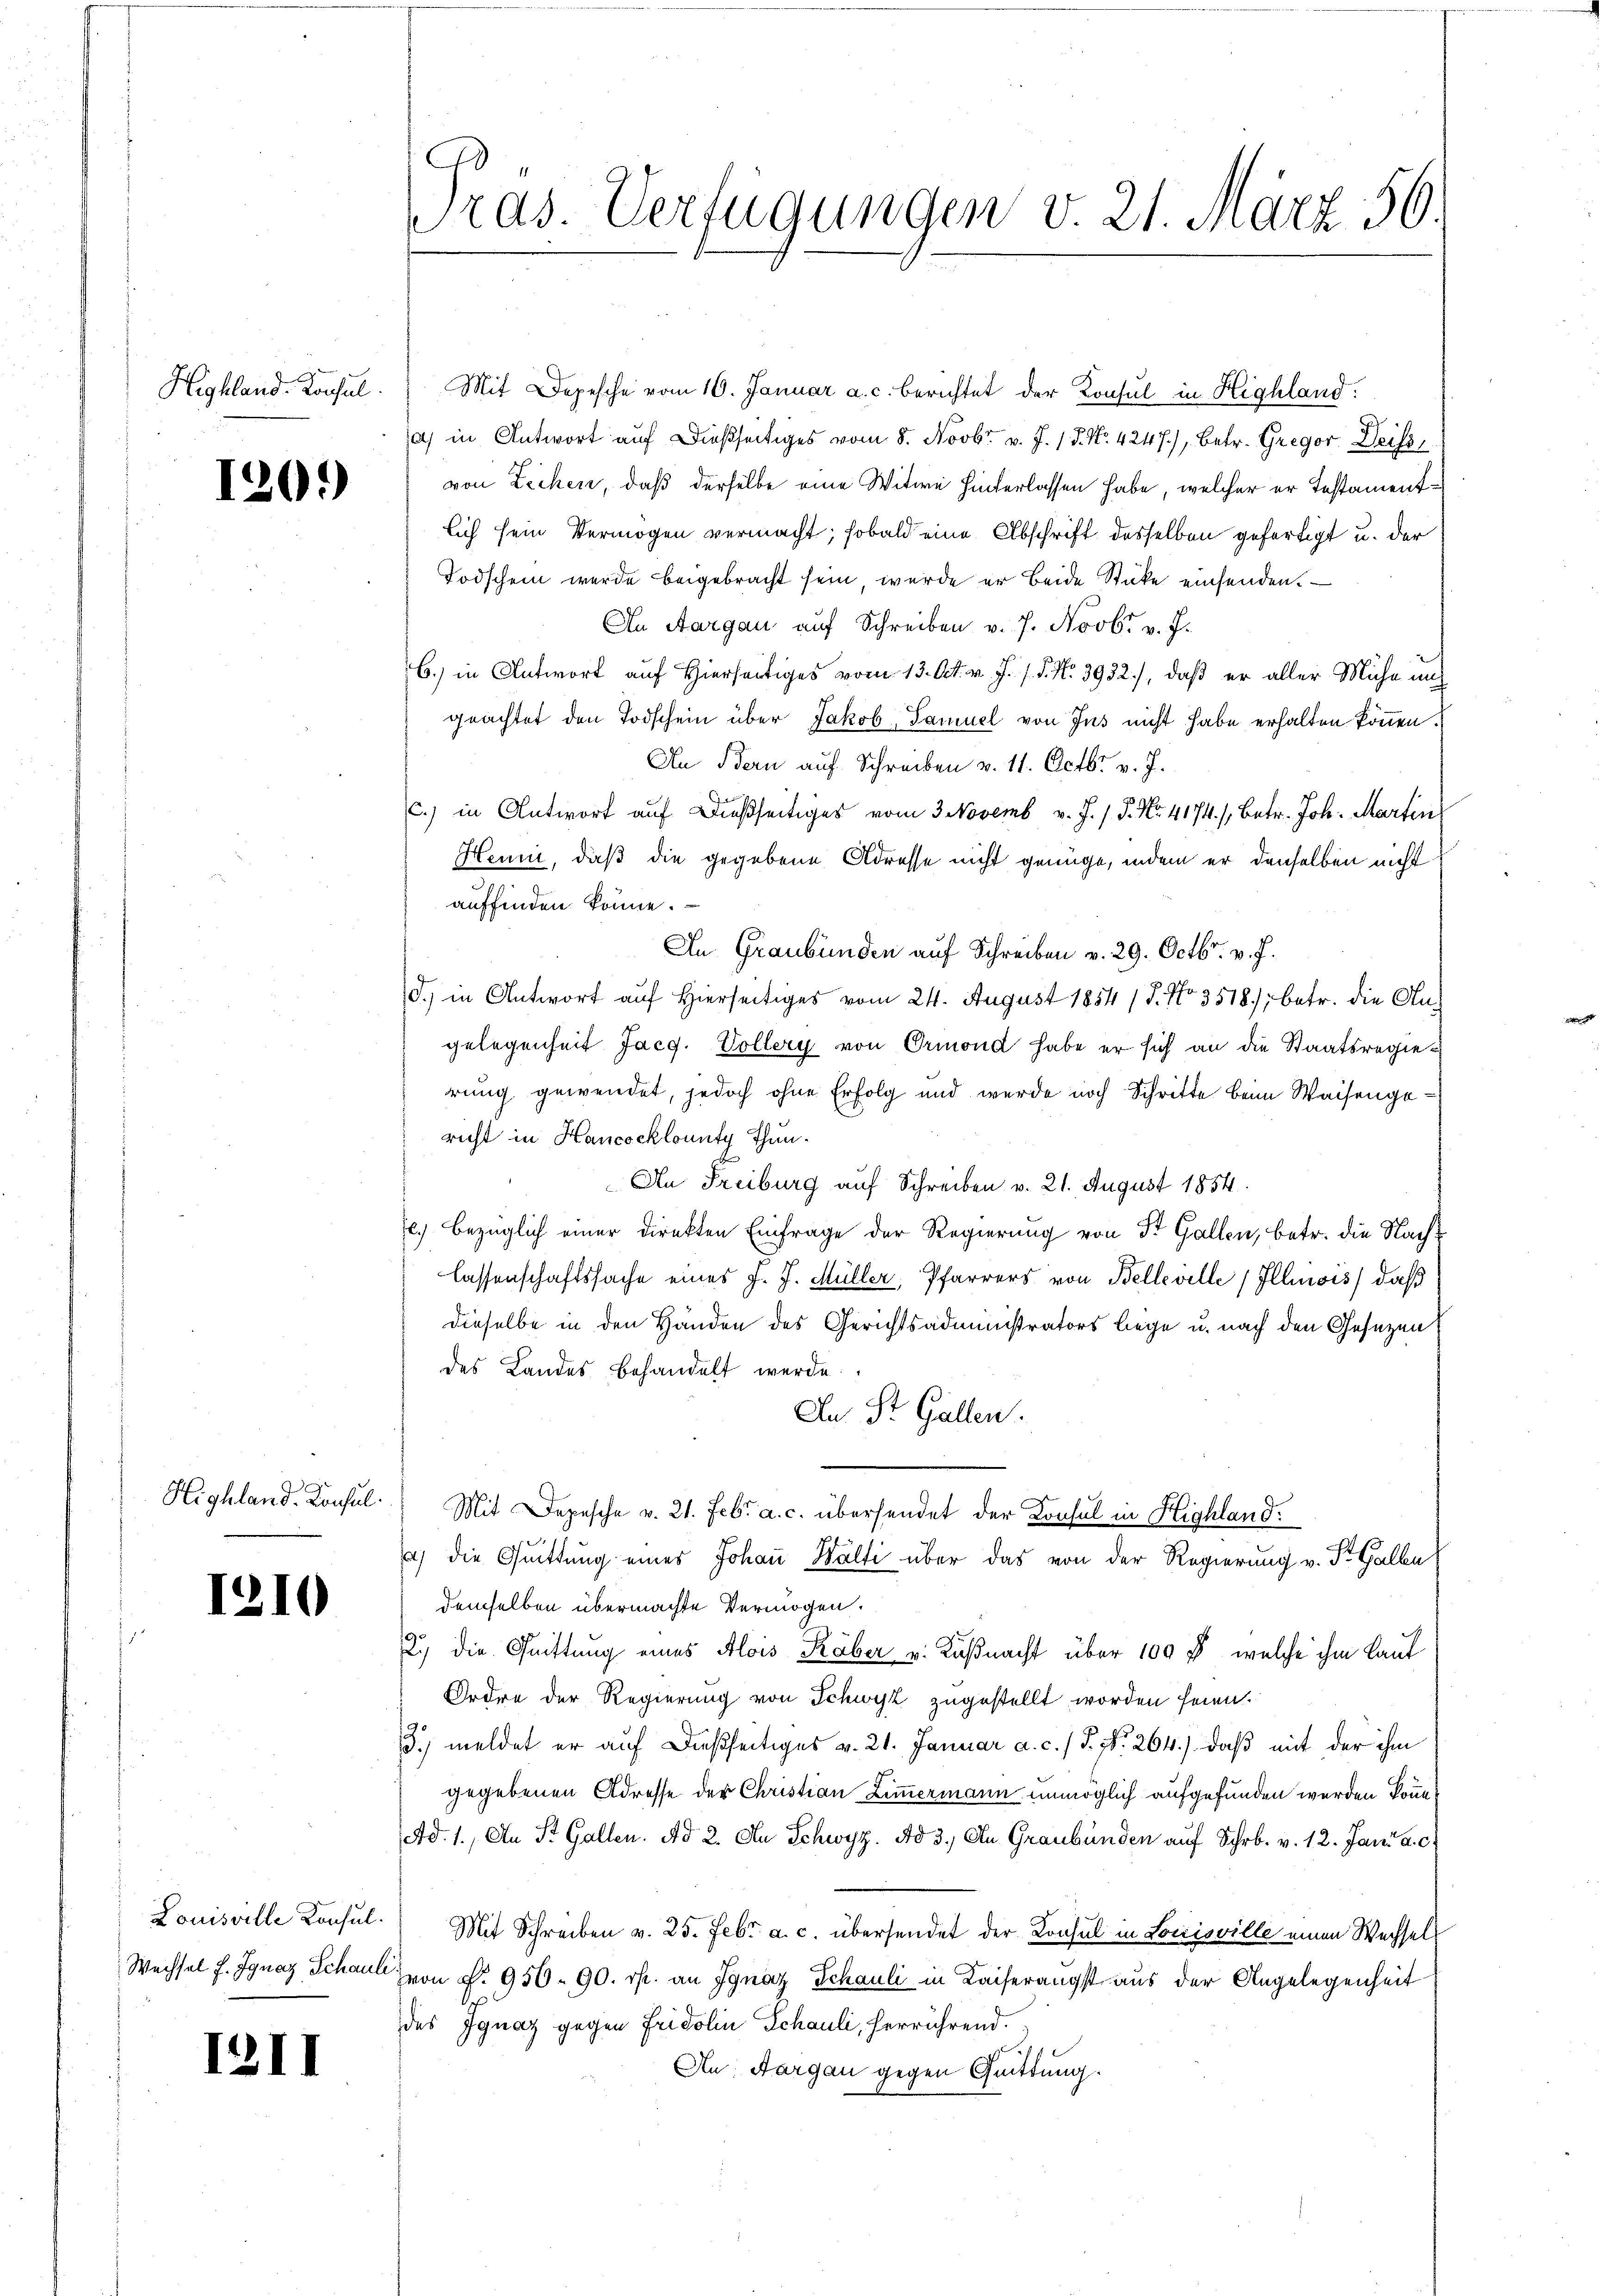
Highland. Konsul

120.)

Highland-Consul

1210

Louisville Konsul
Wechsel f. Ignaz Schauli

I2II

ras. Verfügungen v. 21. März 56.

Mit Depesche vom 10. Januar a. c. berichtet der Konsul in Highland.
1) in Antwort auf dießseitiges vom 8. Novbr. v. J. 18. No. 4247), betr. Gregor Deiss
von Zechen, daß derselbe eine Witwe hinterlassen habe, welcher er Testamentlich sein Vermögen vermacht; sobald eine Abschrift desselben gefertigt u. der
Todschein werde beigebracht sein, wurde er beide Stücke einsenden. —
An Aargau auf Schreiben v. J. Novbr. v. J.
6.) in Antwort auf Hierseitiges vom 13. Oct. v. J. J. J. No. 3932.), daß er aller Mühe und
geachtet den Todschein über Jakob, Samuel von Jus nicht habe erhalten können.
An Bern auf Schreiben v. 11. Octbr. v. J.
.) in Antwort auf dießseitiges vom 3 Novemb v. J. P. Nr. 4174/, betr. Joh. Martin
Henni, daß die gegebene Adresse nicht genüge, indem er denselben nicht
auffinden könne.
An Graubünden auf Schreiben v. 29. Octbr. v. J.
d.) in Antwort auf Hierseitiges vom 24. August 1854 / 5. No 3518); betr. die Angelegenheit Jacg. Vollery von Ormond habe er sich an die Staatsregier
rung gewendet, jedoch ohne Erfolg und wurde noch Schritte beim Waisengericht in Hancocklounty Thun.
An Freiburg auf Schreiben v. 21. August 1854.
.) bezüglich einer Direkten Einfrage der Regierung von St. Gallen, betr. die Nachlassenschaftssache eines J. J. Müller, Pfarrers von Belleville (Illinois, daß
dieselbe in den Händen des Gerichtsadministrators liege u. nach den Gesezen
des Landes behandelt werde.
An St. Gallen.
Mit Depesche v. 21. Febr. a. c. übersendet der Konsul in Highland.
t
) die Quittung eines Johaṅ Halti über das von der Regierung v. St. Galle
demselben übermachte Vermögen.
2.) die Quittung eines Alois Räber v. Küßnacht über 109 f welche ihm laut
Ordre der Regierung von Schwyz zugestellt worden seien.
3) meldet er auf dießseitiges v. 21. Januar a. c. / P. Nr. 264.) daß mit der ihm
gegebenen Adresse der Christian Zimmermann unmöglich aufgefunden werden könne
Ad. 1. An St. Gallen. Ad 2. An Schwyz. Ad 3. An Graubünden auf Schr. v. 12. Jani a.c
Mit Schreiben v. 25. Febr. a. c. übersendet der Konsul in Lociisville einen Wechsel
Zvon P. 950. 90. r. an Ignaz Schauli in Kaiserangst aus der Angelegenheit
des Ignaz gegen Fridolin Schauli, herrührend.
Au, Aargau gegen Guittung.